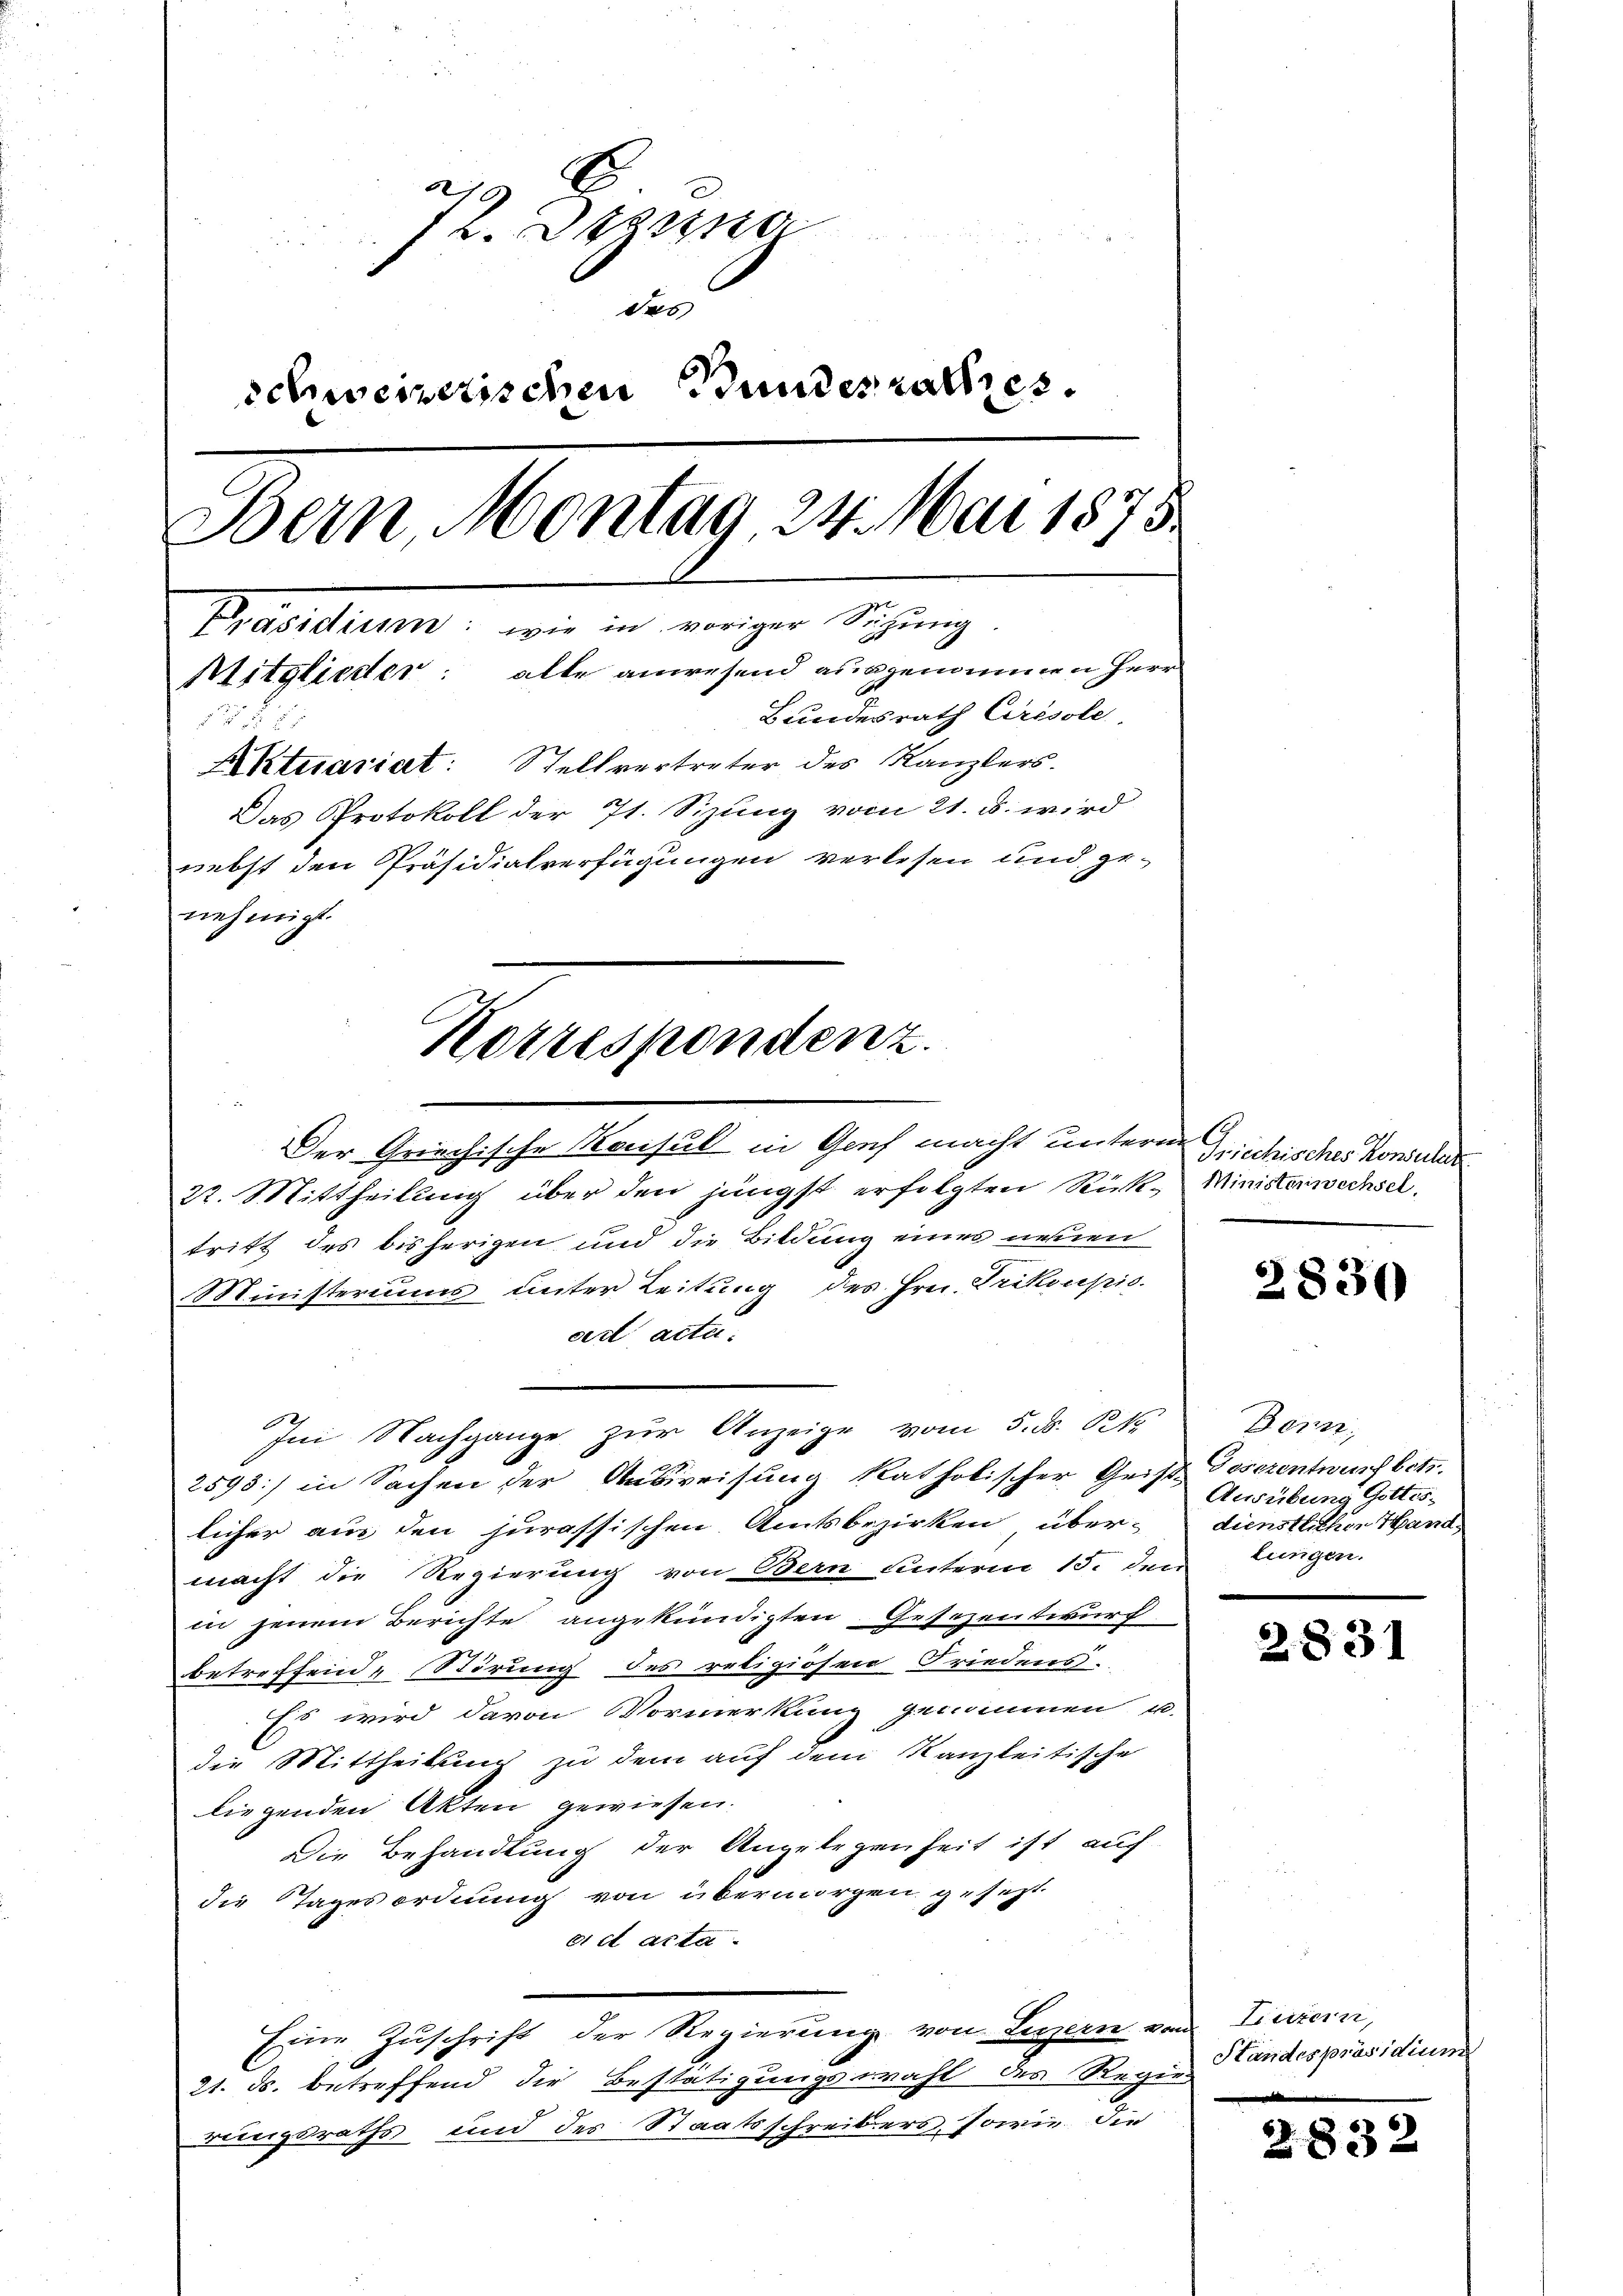
21 x
1. Apri
des
schweizerischen Bundesrathes.
Bern Montag 24. Mai 1875.
Präsidium: wie in voriger Sitzung
Mitglieder: alle anwesend ausgenommen herr
Bundesrath Cirisole
8
Aktuariat: Stellvertreter des Kanzlers.
Das Protokoll der 71. Sizung vom 21. d. wird
nebst den Präsidialverfügungen verlesen und genehmigt.

Korrespondenz.

n
Der Griechische Konsul in Genf macht untern Griechisches Konsuls
22. Mittheilung über den jüngst erfolgten Rück- Ministerwechseltritt des bisherigen und die Bildung eines neuen
Ministeriums unter Leitung des Hrn. Trikoupis.
cert acta.
Im Nachgange zur Anzeige vom 5. ds. S. 1
2593) in Sachen der Ausweisung katholischer Geist Gesezentwurf betr.
licher aus den jurassischen Amtsbezirken über- dienstlichen Hand
macht die Regierung von Bern unterm 15. den Lungen.
in jenem Berichte angekündigten Gesezentwurf
betreffend & Störung des religiösen Friedens.
Es wird davon Vormerkung genommen u.
die Mittheilung zu dem auf dem Kanzleitische
liegenden Akten gewiesen.
Die Behandlung der Angelegenheit ist auf
die Tagesordnung von übermorgen gesezt.
eiet acta.
Eine Zuschrift der Regierung von Luzern von
21. ds. betreffend die Bestätigungswahl des Regierungsraths und des Staatsschreibers, sowie die

2830

d

Bern,
Ausübung Gottes-

2831

Linzern,
Standespräsidium

832